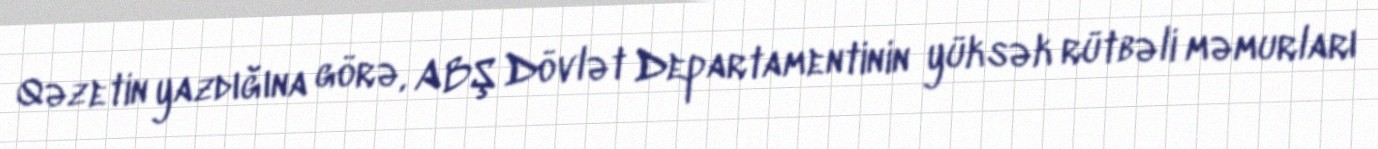
Qəzetin yazdığına görə, ABŞ Dövlət Departamentinin yüksək rütbəli məmurları